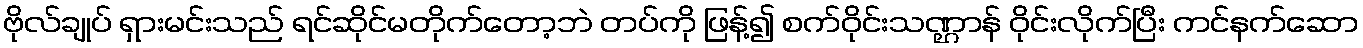
ဗိုလ်ချုပ် ရှားမင်းသည် ရင်ဆိုင်မတိုက်တော့ဘဲ တပ်ကို ဖြန့်၍ စက်ဝိုင်းသဏ္ဌာန် ဝိုင်းလိုက်ပြီး ကင်နက်ဆော